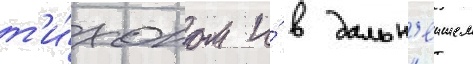
т'и́хоном и́ в дальн'еишем